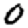
Digit: 0